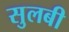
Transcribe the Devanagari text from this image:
सुलबी